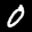
Label: 0